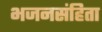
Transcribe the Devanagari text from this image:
भजनसंहिता